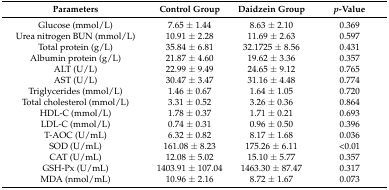
| Parameters | Control Group | Daidzein Group | p-Value |
 | --- | --- | --- | --- |
 | Glucose (mmol/L) | 7.65 ± 1.44 | 8.63 ± 2.10 | 0.369 |
 | Urea nitrogen BUN (mmol/L) | 10.91 ± 2.28 | 11.69 ± 2.63 | 0.597 |
 | Total protein (g/L) | 35.84 ± 6.81 | 32.1725 ± 8.56 | 0.431 |
 | Albumin protein (g/L) | 21.87 ± 4.60 | 19.62 ± 3.36 | 0.357 |
 | ALT (U/L) | 22.99 ± 9.49 | 24.65 ± 9.12 | 0.765 |
 | AST (U/L) | 30.47 ± 3.47 | 31.16 ± 4.48 | 0.774 |
 | Triglycerides (mmol/L) | 1.46 ± 0.67 | 1.64 ± 1.05 | 0.720 |
 | Total cholesterol (mmol/L) | 3.31 ± 0.52 | 3.26 ± 0.36 | 0.864 |
 | HDL-C (mmol/L) | 1.78 ± 0.37 | 1.71 ± 0.21 | 0.693 |
 | LDL-C (mmol/L) | 0.74 ± 0.31 | 0.96 ± 0.50 | 0.396 |
 | T-AOC (U/mL) | 6.32 ± 0.82 | 8.17 ± 1.68 | 0.036 |
 | SOD (U/mL) | 161.08 ± 8.23 | 175.26 ± 6.11 | <0.01 |
 | CAT (U/mL) | 12.08 ± 5.02 | 15.10 ± 5.77 | 0.357 |
 | GSH-Px (U/mL) | 1403.91 ± 107.04 | 1463.30 ± 87.47 | 0.317 |
 | MDA (nmol/mL) | 10.96 ± 2.16 | 8.72 ± 1.67 | 0.073 |